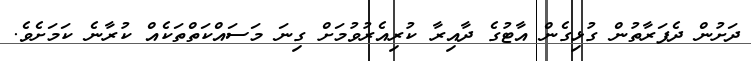
ދަށުން ދެފަރާތުން ގުޅިގެން އާޓުގެ ދާއިރާ ކުރިއެރުވުމަށް ގިނަ މަސައްކަތްތަކެއް ކުރާނެ ކަމަށެވެ.